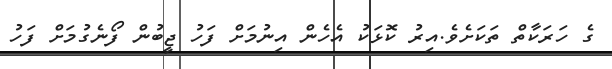
ގެ ހަރަކާތް ތަކަށެވެ.އިރު ކޮޅަކު އެހެން އިނުމަށް ފަހު ޖީބުން ފޯނެގުމަށް ފަހު